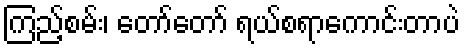
ကြည့်စမ်း၊ တော်တော် ရယ်စရာကောင်းတာပဲ